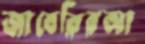
জাবেরিরআ